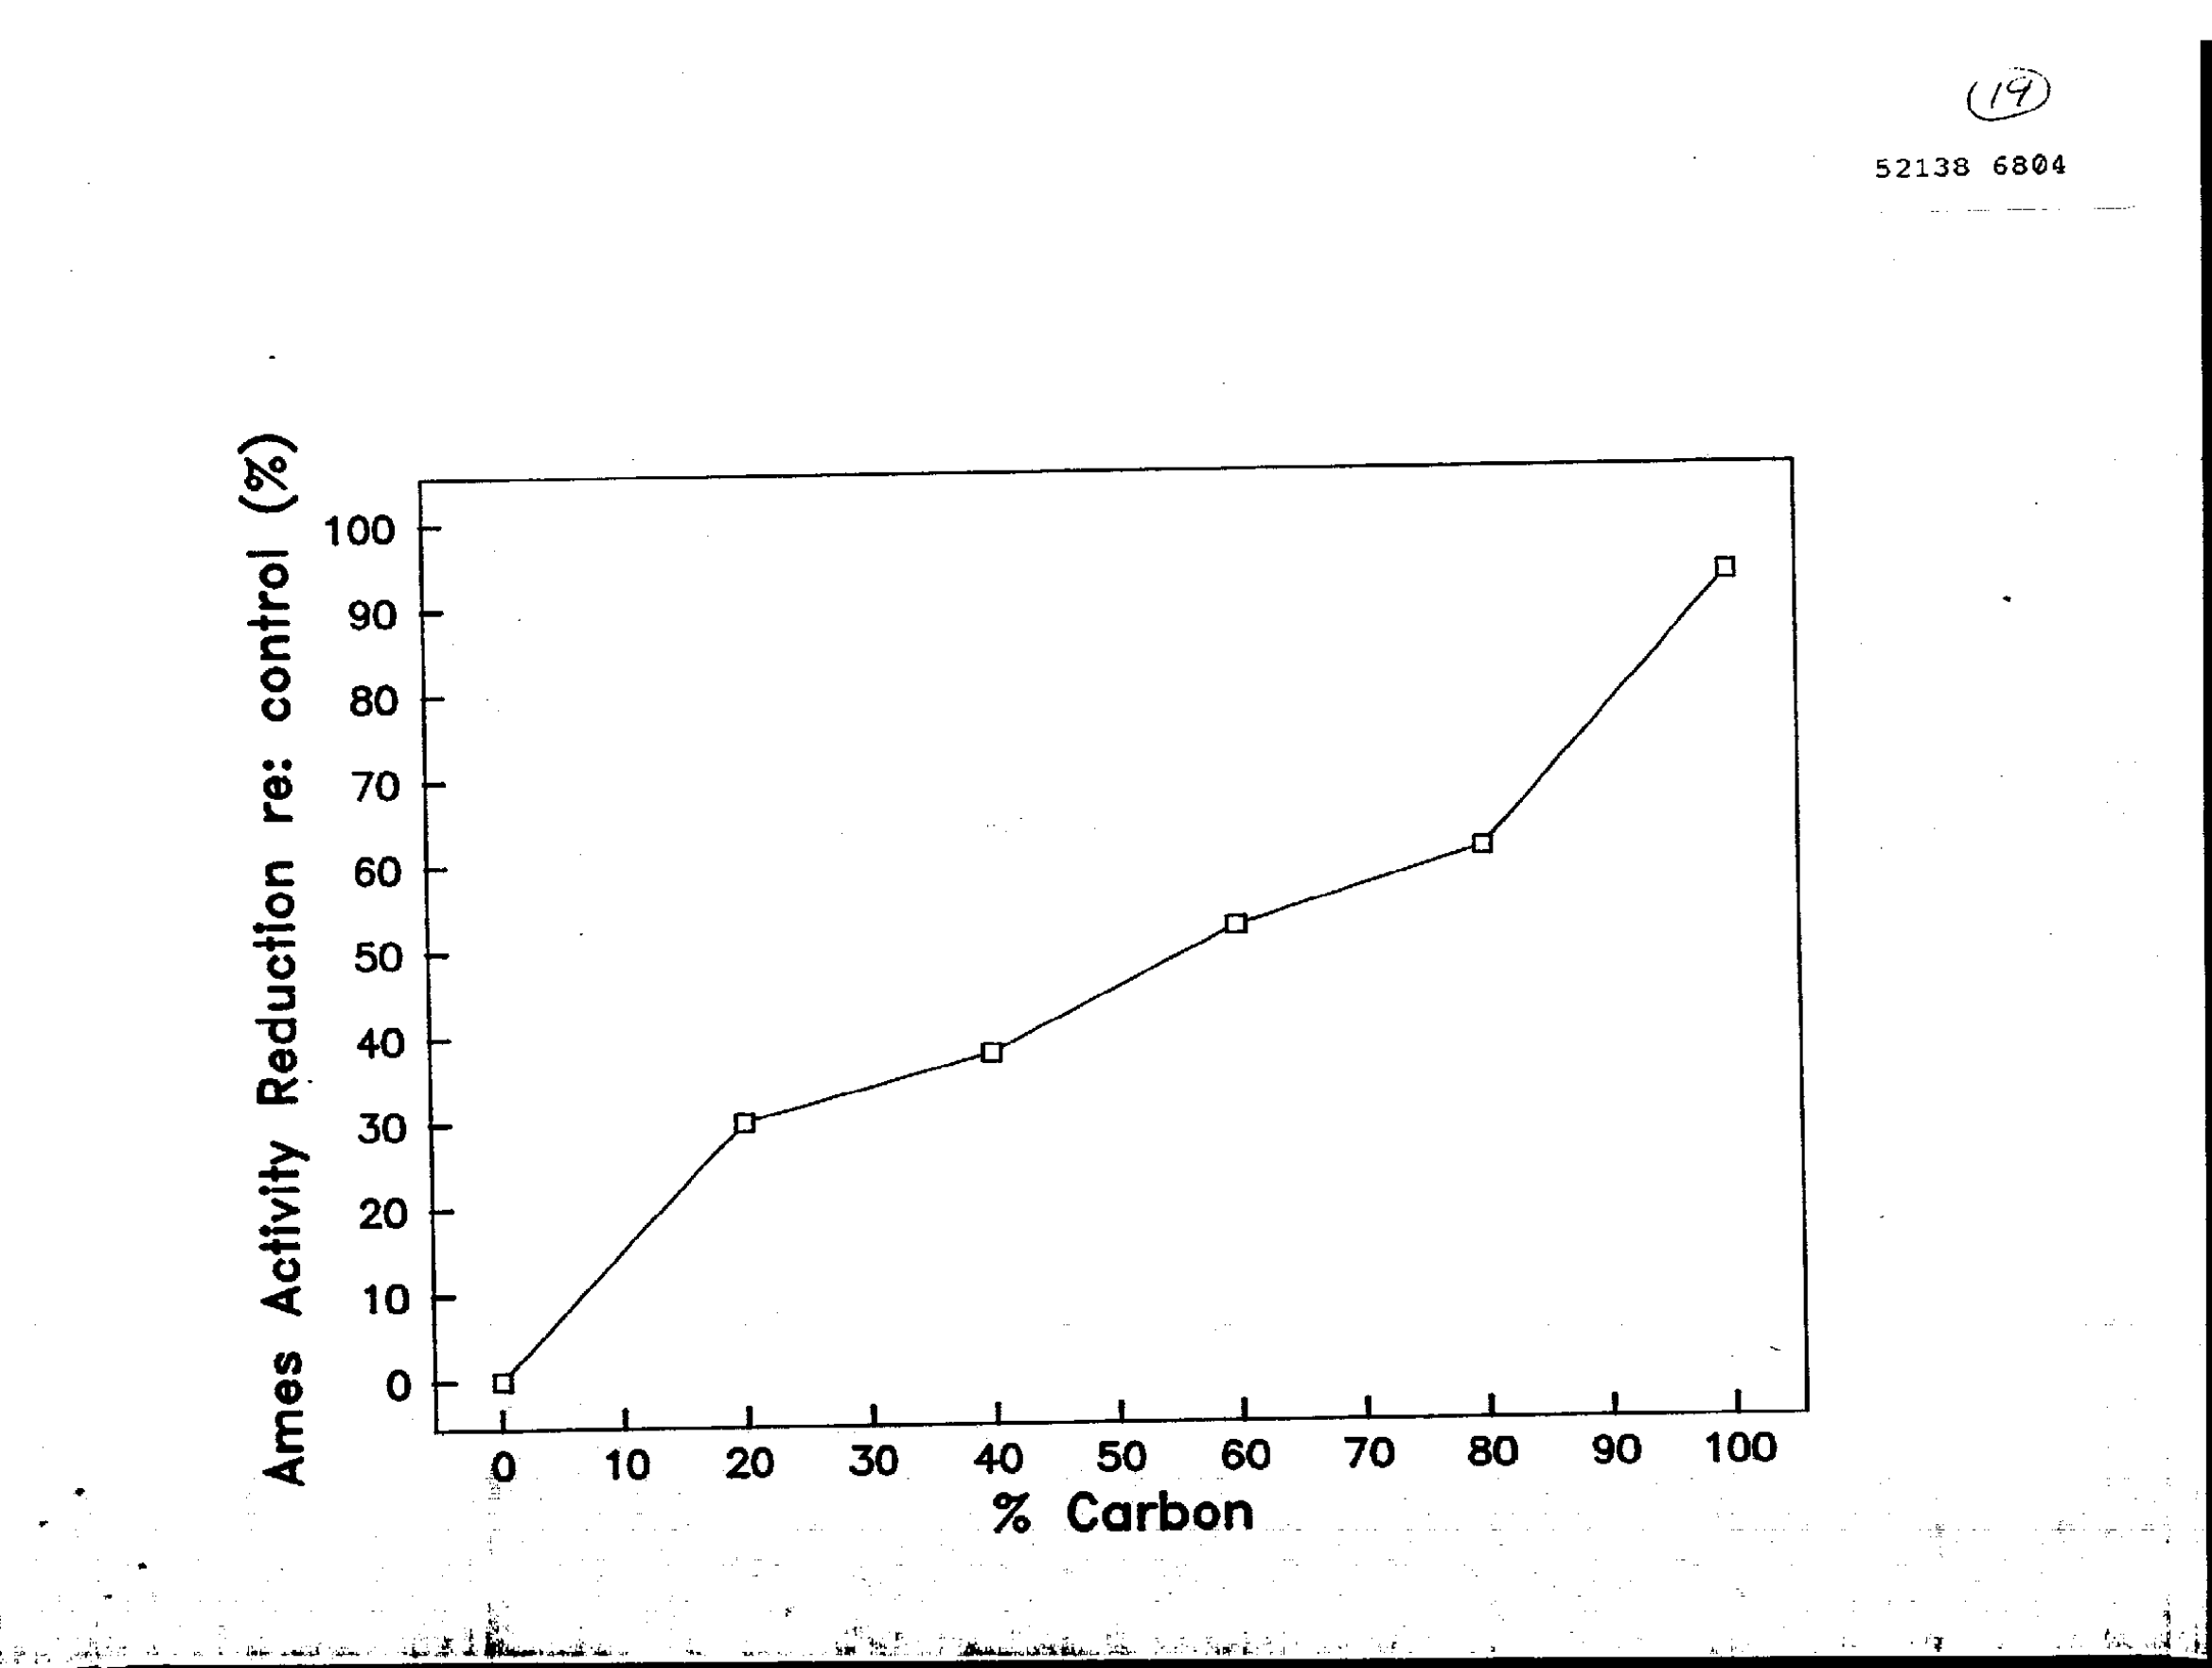
52138 6804
     100
     90
     80
     70
     60
     50
     40
     30
     20
     10
     0
     0 10 20 30 40 50 60 70 80 90 100
     % Carbon
     Ames
     Activity
     Reduction
     re:
     control
     (%)